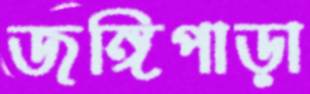
জঙ্গিপাড়া